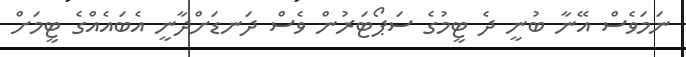
ނަމަވެސް އޭނާ ބުނީ ދެ ޓީމުގެ ސަޕޯޓަރުން ވެސް ދަނޑަށްދާނީ އެބައެއްގެ ޓީމަށް